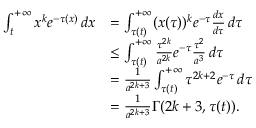
\begin{array} { r l } { \int _ { t } ^ { + \infty } x ^ { k } e ^ { - \tau ( x ) } \, d x } & { = \int _ { \tau ( t ) } ^ { + \infty } ( x ( \tau ) ) ^ { k } e ^ { - \tau } \frac { d x } { d \tau } \, d \tau } \\ & { \leq \int _ { \tau ( t ) } ^ { + \infty } \frac { \tau ^ { 2 k } } { a ^ { 2 k } } e ^ { - \tau } \frac { \tau ^ { 2 } } { a ^ { 3 } } \, d \tau } \\ & { = \frac { 1 } { a ^ { 2 k + 3 } } \int _ { \tau ( t ) } ^ { + \infty } \tau ^ { 2 k + 2 } e ^ { - \tau } \, d \tau } \\ & { = \frac { 1 } { a ^ { 2 k + 3 } } \Gamma ( 2 k + 3 , \tau ( t ) ) . } \end{array}